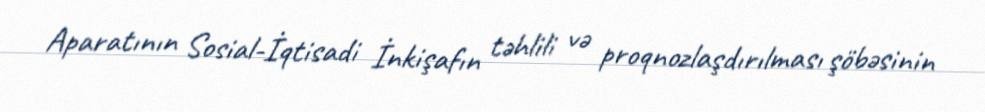
Aparatının Sosial-İqtisadi İnkişafın təhlili və proqnozlaşdırılması şöbəsinin